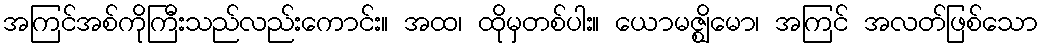
အကြင်အစ်ကိုကြီးသည်လည်းကောင်း။ အထ၊ ထိုမှတစ်ပါး။ ယောမဇ္ဈိမော၊ အကြင် အလတ်ဖြစ်သော